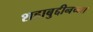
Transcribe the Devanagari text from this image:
शहाबुद्दीनच्या